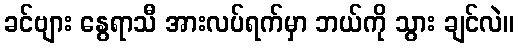
ခင်ဗျား နွေရာသီ အားလပ်ရက်မှာ ဘယ်ကို သွား ချင်လဲ။